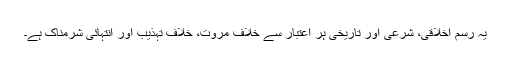
یہ رسم اخلاقی، شرعی اور تاریخی ہر اعتبار سے خلافِ مروت، خلافِ تہذیب اور انتہائی شرمناک ہے۔